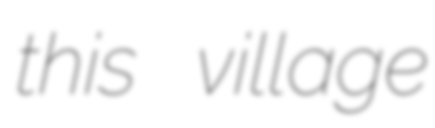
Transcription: this village